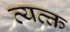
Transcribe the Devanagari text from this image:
व्यत्क्त